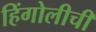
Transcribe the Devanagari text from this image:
हिंगोलीची